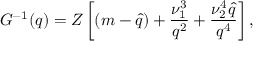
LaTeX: G ^ { - 1 } ( q ) = Z \left[ ( m - \hat { q } ) + \frac { \nu _ { 1 } ^ { 3 } } { q ^ { 2 } } + \frac { \nu _ { 2 } ^ { 4 } \hat { q } } { q ^ { 4 } } \right] ,